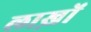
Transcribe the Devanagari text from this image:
लाख़ों